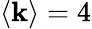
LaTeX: \langle\mathbf{k}\rangle=4